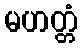
မဟတ္တံ